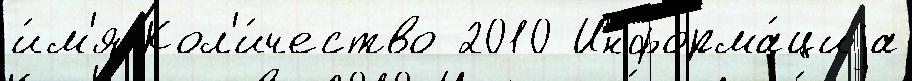
и́м'я Кол'и́чество 2010 Информа́циjа